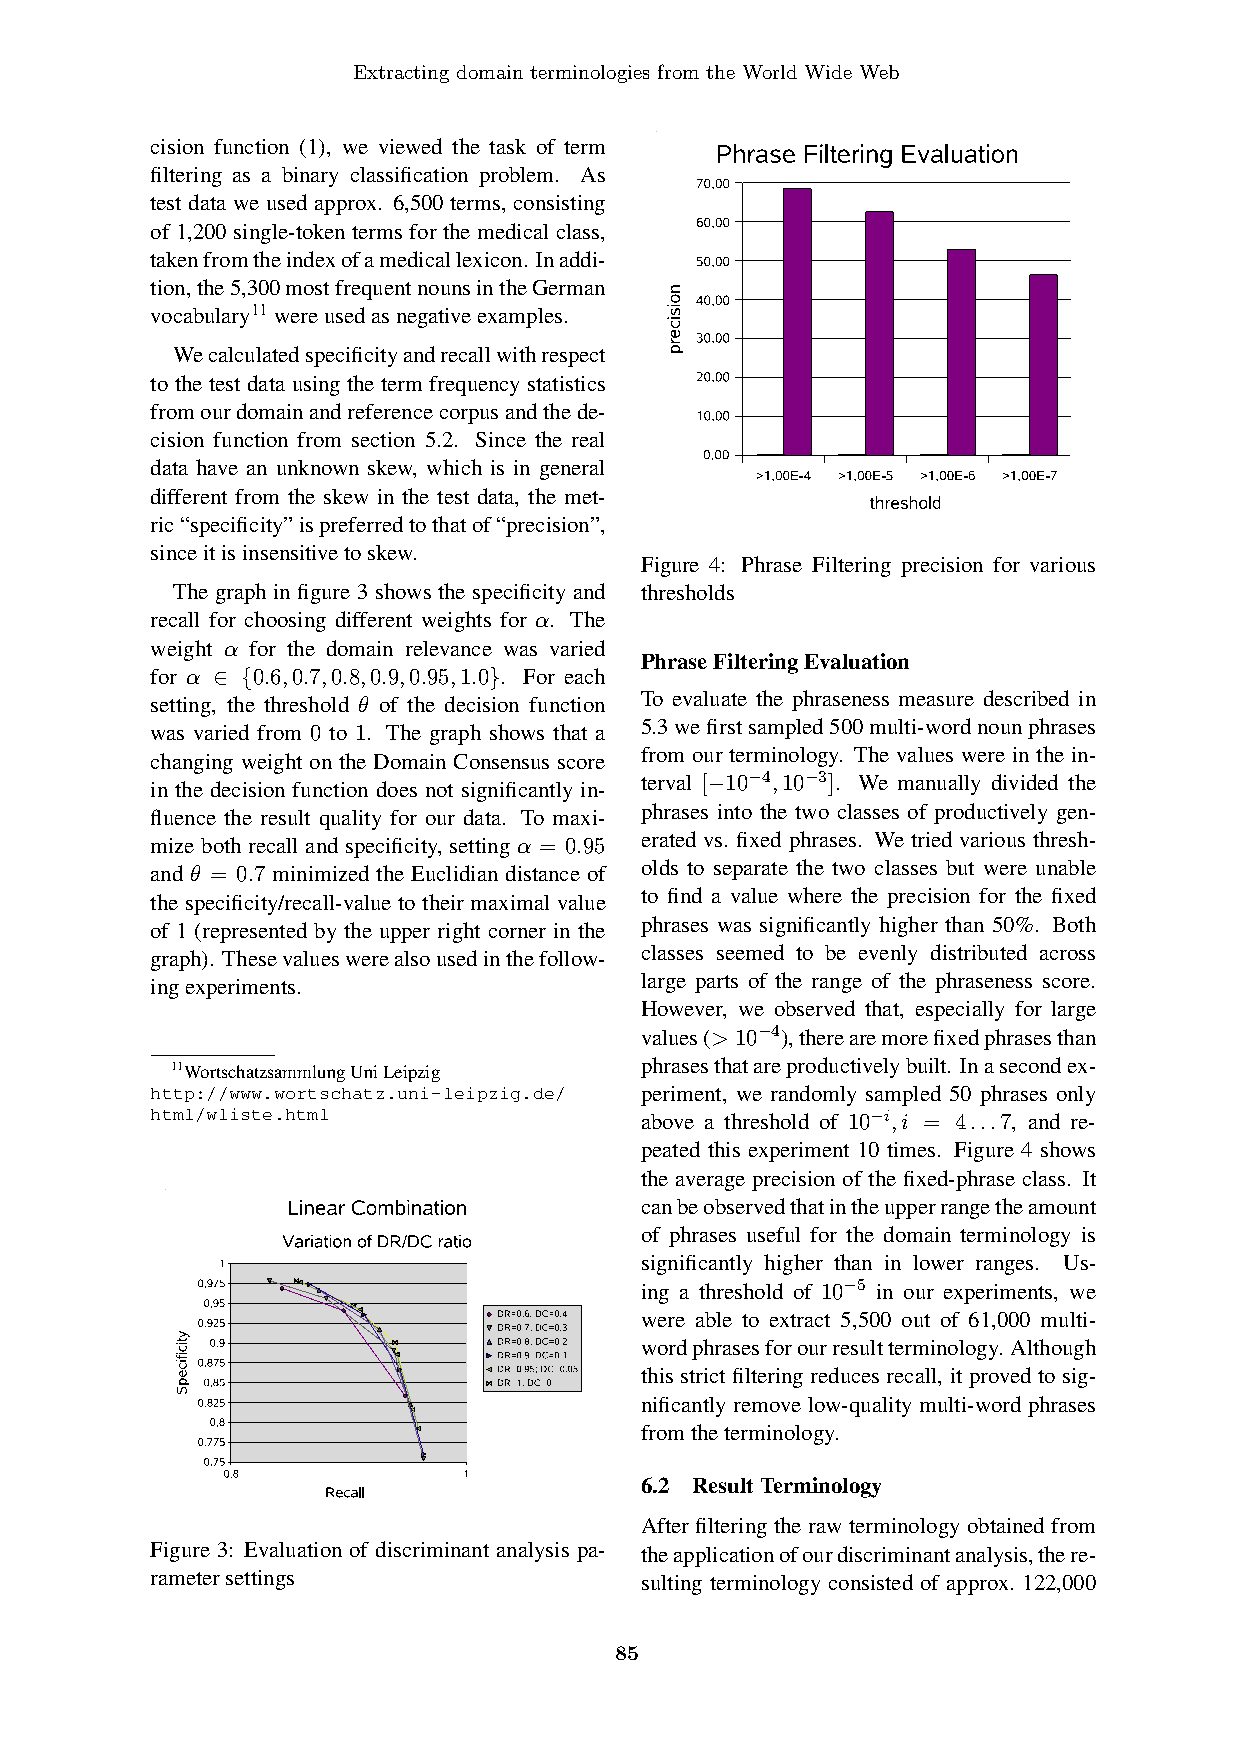
Extracting domain terminologies from the World Wide Web
 cision function (1), we viewed the task of term
 filtering as a binary classification problem. As
 test data we used approx. 6,500 terms, consisting
 of 1,200 single-token terms for the medical class,
 takenfromtheindexofamedicallexicon. Inaddi-
 tion,the5,300mostfrequentnounsintheGerman
 vocabulary11 wereusedasnegativeexamples.
 Wecalculatedspecificityandrecallwithrespect
 to the test data using the term frequency statistics
 fromourdomainandreferencecorpusandthede-
 cision function from section 5.2. Since the real
 data have an unknown skew, which is in general
 different from the skew in the test data, the met-
 ric“specificity”ispreferredtothatof“precision”,
 sinceitisinsensitivetoskew.
 Figure 4: Phrase Filtering precision for various
 The graph in figure 3 shows the specificity and thresholds
 recall for choosing different weights for α. The
 weight α for the domain relevance was varied
 PhraseFilteringEvaluation
 for α ∈ {0.6,0.7,0.8,0.9,0.95,1.0}. For each
 To evaluate the phraseness measure described in
 setting, the threshold θ of the decision function
 5.3wefirstsampled500multi-wordnounphrases
 was varied from 0 to 1. The graph shows that a
 from our terminology. The values were in the in-
 changing weight on the Domain Consensus score
 terval [−10−4,10−3]. We manually divided the
 in the decision function does not significantly in-
 phrases into the two classes of productively gen-
 fluence the result quality for our data. To maxi-
 erated vs. fixed phrases. We tried various thresh-
 mize both recall and specificity, setting α = 0.95
 olds to separate the two classes but were unable
 and θ = 0.7 minimized the Euclidian distance of
 to find a value where the precision for the fixed
 the specificity/recall-value to their maximal value
 phrases was significantly higher than 50%. Both
 of 1 (represented by the upper right corner in the
 classes seemed to be evenly distributed across
 graph). Thesevalueswerealsousedinthefollow-
 large parts of the range of the phraseness score.
 ingexperiments.
 However, we observed that, especially for large
 values(> 10−4),therearemorefixedphrasesthan
 phrasesthatareproductivelybuilt. Inasecondex-
 11WortschatzsammlungUniLeipzig
 http://www.wortschatz.uni-leipzig.de/ periment, we randomly sampled 50 phrases only
 html/wliste.html                above a threshold of 10−i,i = 4...7, and re-
 peated this experiment 10 times. Figure 4 shows
 the average precision of the fixed-phrase class. It
 canbeobservedthatintheupperrangetheamount
 of phrases useful for the domain terminology is
 significantly higher than in lower ranges. Us-
 ing a threshold of 10−5 in our experiments, we
 were able to extract 5,500 out of 61,000 multi-
 wordphrasesforourresultterminology. Although
 this strict filtering reduces recall, it proved to sig-
 nificantly remove low-quality multi-word phrases
 fromtheterminology.
 6.2 ResultTerminology
 After filtering the raw terminology obtained from
 Figure 3: Evaluation of discriminant analysis pa- theapplicationofourdiscriminantanalysis,there-
 rametersettings                 sulting terminology consisted of approx. 122,000
 85